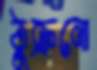
ঠুক্‌রনো